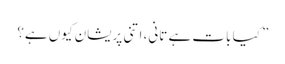
” کیا بات ہے تانی، اتنی پریشان کیوں ہے؟